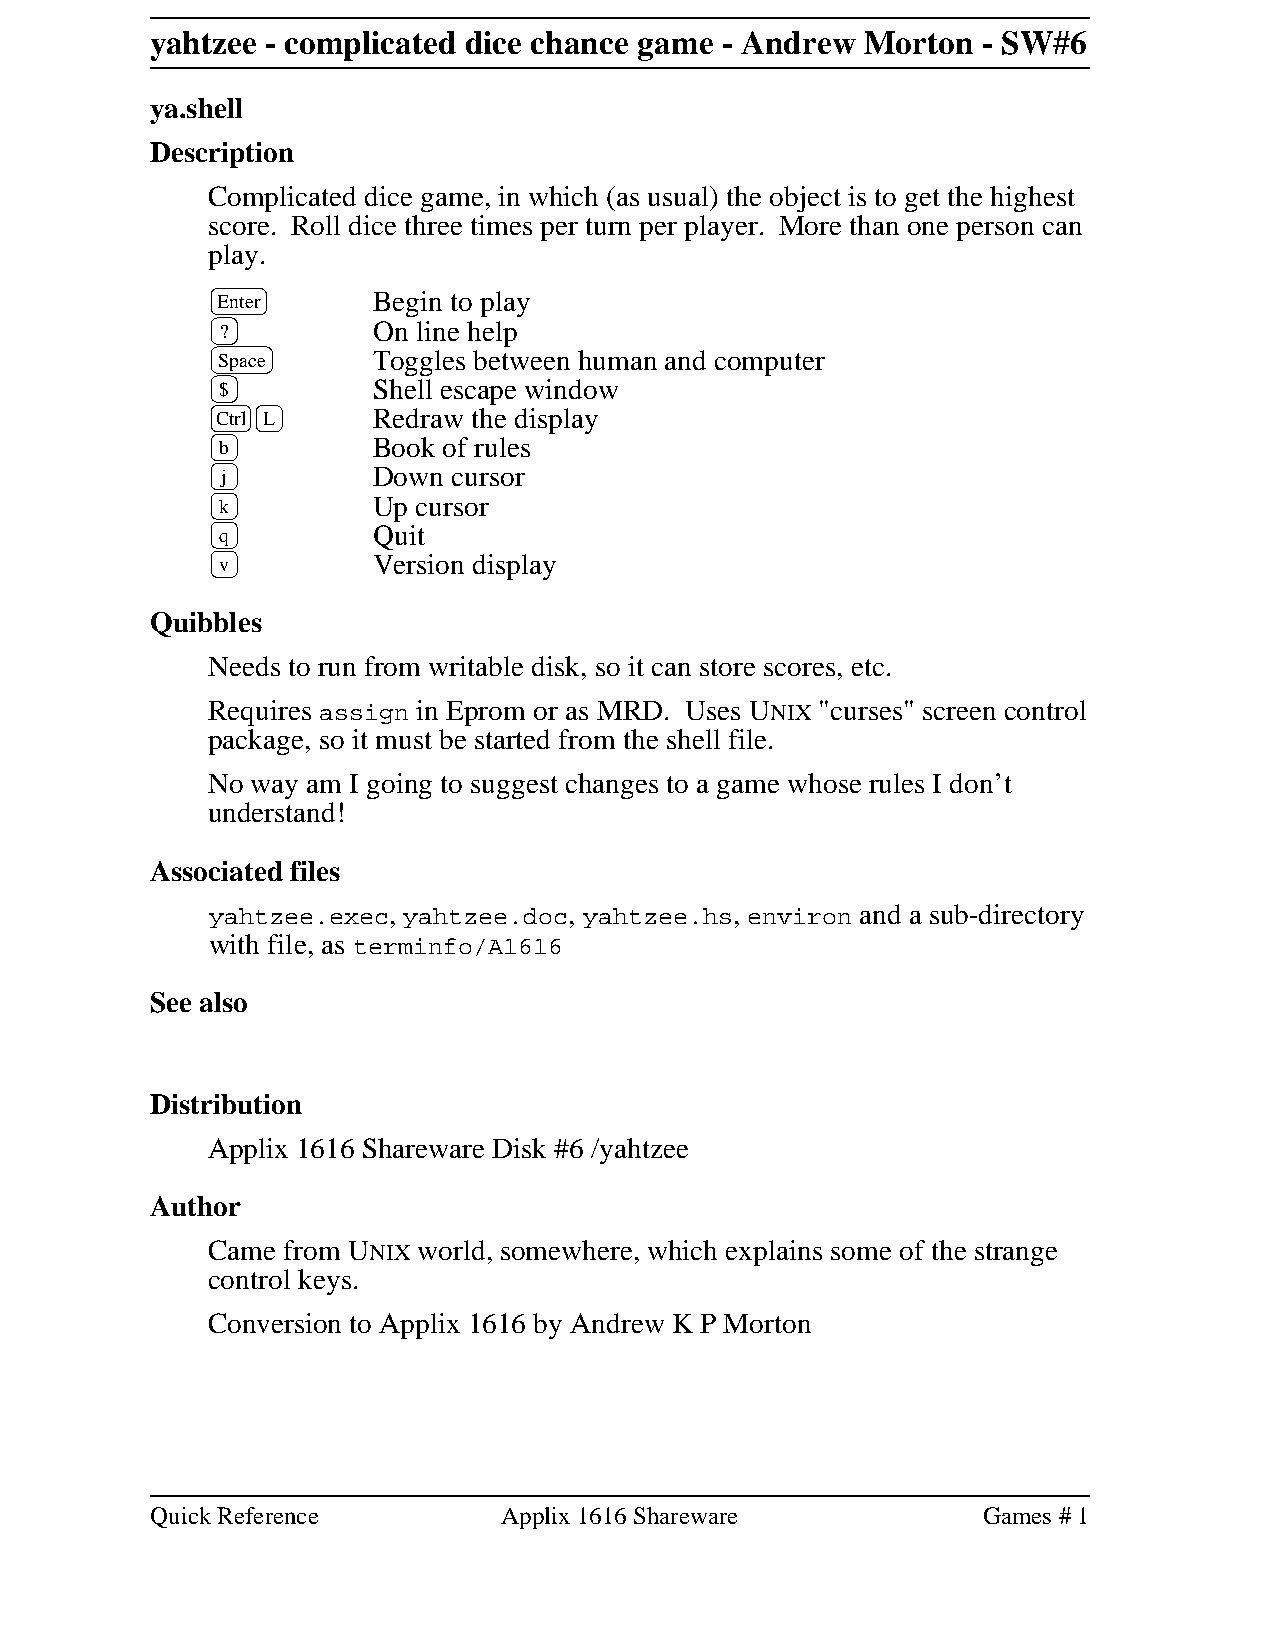
yahtzee - complicated dice chance game - Andrew Morton - SW#6
 ya.shell
 Description
 Complicated dice game, in which (as usual) the object is to get the highest
 score. Roll dice three times per turn per player. More than one person can
 play.
 Enter      Begin to play
 ?         On line help
 Space      Toggles between human and computer
 $         Shell escape window
 Ctrl L     Redraw the display
 b         Book of rules
 j         Down cursor
 k         Up cursor
 q         Quit
 v         Version display
 Quibbles
 Needs to run from writable disk, so it can store scores, etc.
 Requires assign in Eprom or as MRD. Uses UNIX "curses" screen control
 package, so it must be started from the shell file.
 No way am I going to suggest changes to a game whose rules I don’t
 understand!
 Associated files
 yahtzee.exec, yahtzee.doc, yahtzee.hs, environ and a sub-directory
 with file, as terminfo/A1616
 See also
 Distribution
 Applix 1616 Shareware Disk #6 /yahtzee
 Author
 Came from UNIX world, somewhere, which explains some of the strange
 control keys.
 Conversion to Applix 1616 by Andrew K P Morton
 Quick Reference        Applix 1616 Shareware           Games # 1